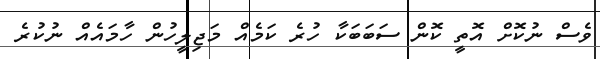
ވެސް ނުކޮށް އޮތީ ކޮން ސަބަބަކާ ހުރެ ކަމެއް މަޖިލީހުން ހާމައެއް ނުކުރެ